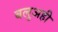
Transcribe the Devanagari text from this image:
बलुअही